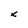
Character: x